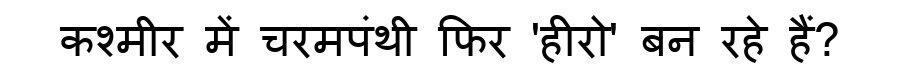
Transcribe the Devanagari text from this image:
कश्मीर में चरमपंथी फिर 'हीरो' बन रहे हैं?